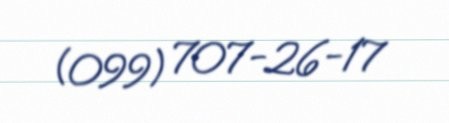
(099) 707-26-17